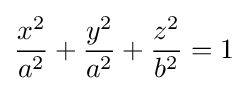
{\frac {x^{2}}{a^{2}}}+{\frac {y^{2}}{a^{2}}}+{\frac {z^{2}}{b^{2}}}=1